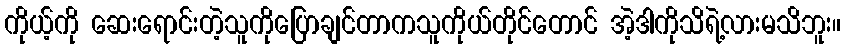
ကိုယ့်ကို ဆေးရောင်းတဲ့သူကိုပြောချင်တာကသူကိုယ်တိုင်တောင် အဲ့ဒါကိုသိရဲ့လားမသိဘူး။